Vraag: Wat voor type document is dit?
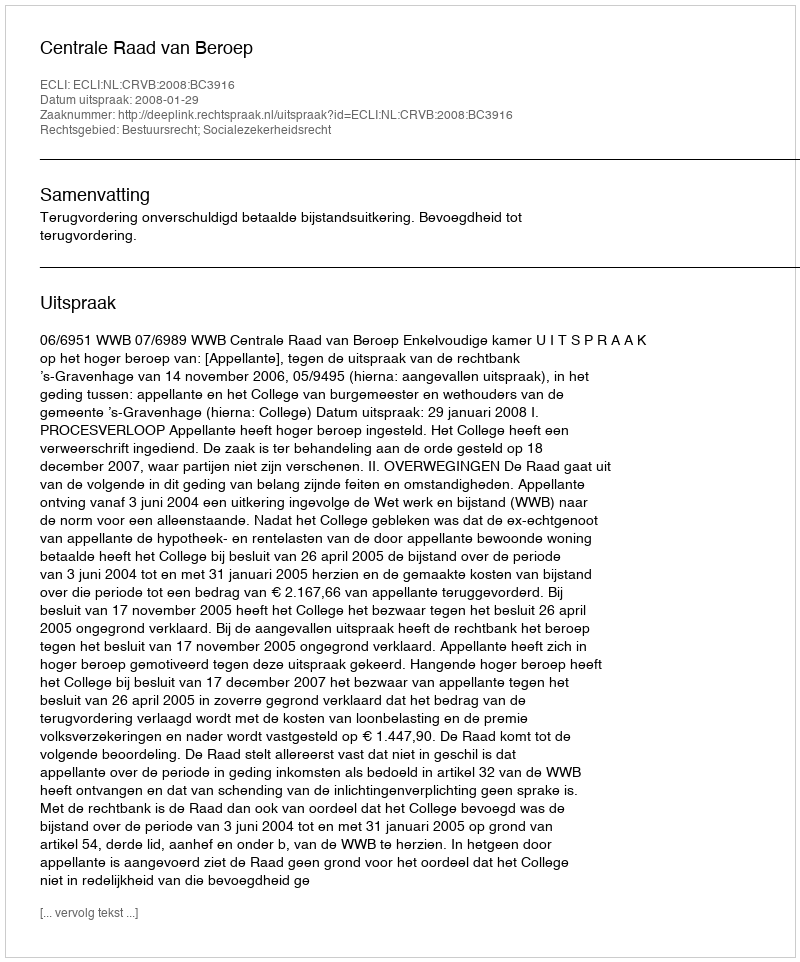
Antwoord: Uitspraak